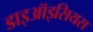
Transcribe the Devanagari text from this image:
डाइऑइसियस